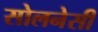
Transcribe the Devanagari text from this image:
सोलनेसी